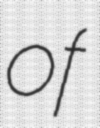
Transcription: of